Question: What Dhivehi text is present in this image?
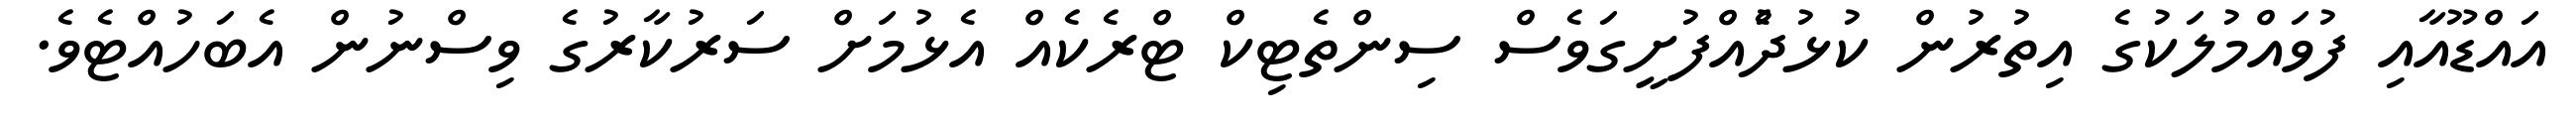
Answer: އައްޑޫއާއި ފުވައްމުލަކުގެ އިތުރުން ކުޅުދުެއްފުށީގަވެސް ސިންތެޓިކް ޓްރެކެއް އެޅުމަށް ސަރުކާރުގެ ވިސްނުން އެބަހުއްޓެވެ.